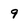
Character: 9